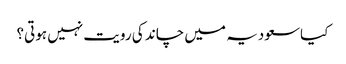
کیاسعودیہ میں چاند کی رویت نہیں ہوتی؟